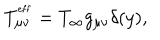
LaTeX: T _ { \mu \nu } ^ { ^ \mathrm { e f f } } = T _ { \infty } g _ { \mu \nu } \delta ( y ) ,